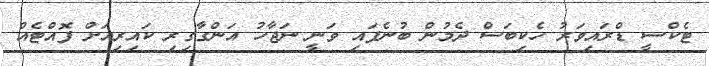
ޓެކްސީ ޑްރައިވަރު ހެކިބަސް ދެމުން ބުނެފައި ވަނީ ނަޖާހު އަންގާގިރި ކައިރިއަށް ފޮއްޓެއް